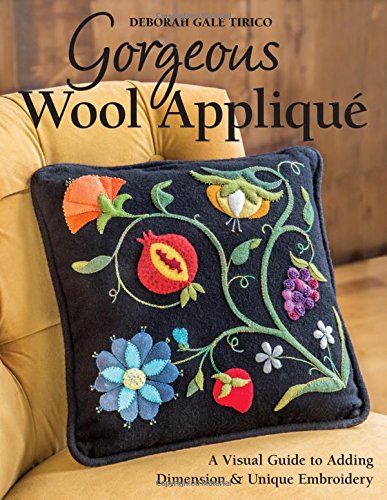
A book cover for Gorgeous Wool AppliquÃ©: A Visual Guide to Adding Dimension & Unique Embroidery; Deborah Gale Tirico; Crafts, Hobbies & Home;